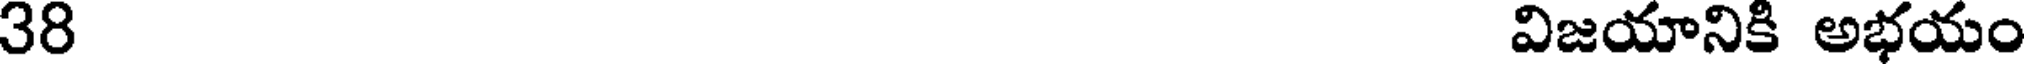
38 విజయానికి అభయం